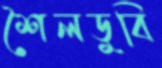
শৈলডুবি